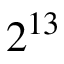
2 ^ { 1 3 }